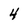
Character: 4